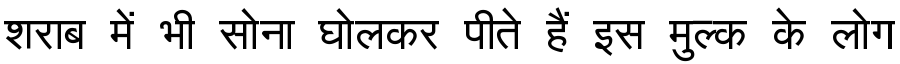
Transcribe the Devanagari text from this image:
शराब में भी सोना घोलकर पीते हैं इस मुल्क के लोग